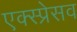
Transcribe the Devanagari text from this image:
एक्स्प्रेसव